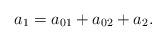
LaTeX: \begin{align*}a_1=a_{01}+a_{02}+a_2. \end{align*}